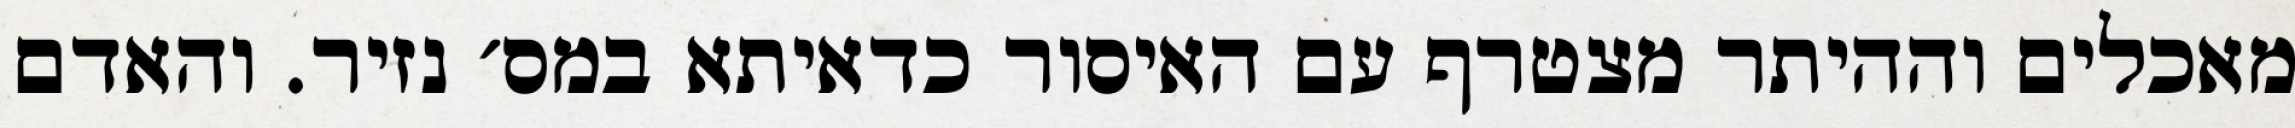
מאכלים וההיתר מצטרף עם האיסור כדאיתא במס׳ נזיר. והאדם